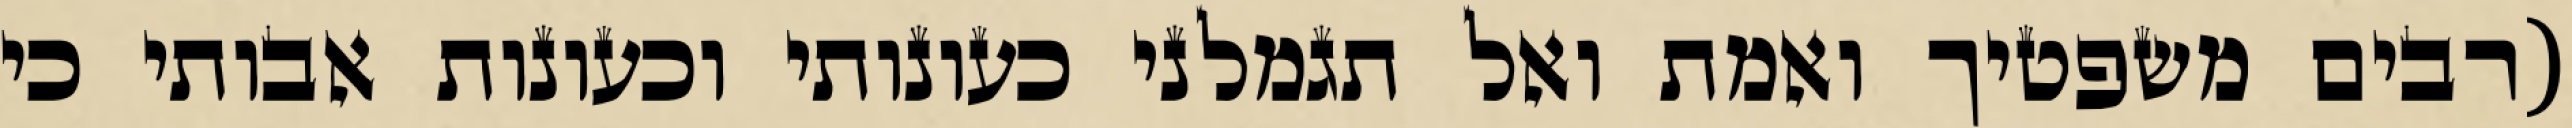
(רבים משפטיך ואמת ואל תגמלני כעונותי וכעונות אבותי כי